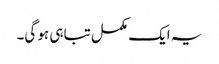
یہ ایک مکمل تباہی ہو گی۔